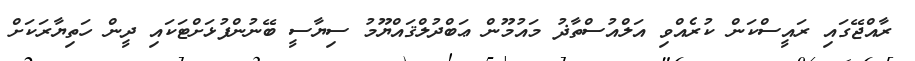
ރާއްޖޭގައި ރައީސްކަން ކުރެއްވި އަލްއުސްތާޛު މައުމޫން ޢަބްދުލްޤައްޔޫމު ސިޔާސީ ބޭނުންފުޅަށްޓަކައި ދީން ހަތިޔާރަކަށް